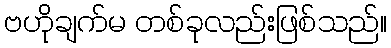
ဗဟိုချက်မ တစ်ခုလည်းဖြစ်သည်။